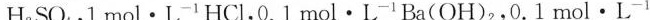
H_{2}SO_{4}，1mol·L^{-1} HCl，0.1mol·L^{-1} Ba(OH)_{2}，0.1mol·L^{-1}